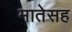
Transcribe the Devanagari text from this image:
मातेसह